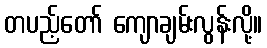
တပည့်တော် ကျောချမ်းလွန်းလို့။